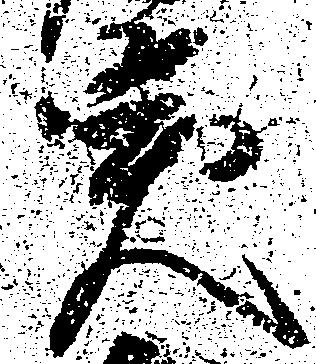
突